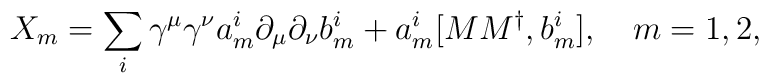
X_m = \sum _i \gamma ^\mu \gamma ^\nu a_m ^i \partial _\mu \partial _\nu b_m ^i+ a_m ^i [M M^{\dag } ,b_m ^i ] ,\,\,\,\,\,\, m=1,2,